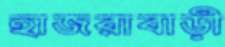
হাজরাবাড়ী